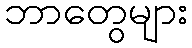
ဘာတွေများ